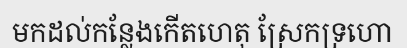
មកដល់កន្លែងកើតហេតុ ស្រែកទ្រហោ